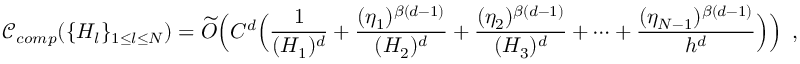
\mathcal { C } _ { c o m p } ( \{ H _ { l } \} _ { 1 \leq l \leq N } ) = \widetilde { O } \Big ( C ^ { d } \Big ( \frac { 1 } { ( H _ { 1 } ) ^ { d } } + \frac { ( \eta _ { 1 } ) ^ { \beta ( d - 1 ) } } { ( H _ { 2 } ) ^ { d } } + \frac { ( \eta _ { 2 } ) ^ { \beta ( d - 1 ) } } { ( H _ { 3 } ) ^ { d } } + \dots + \frac { ( \eta _ { N - 1 } ) ^ { \beta ( d - 1 ) } } { h ^ { d } } \Big ) \Big ) \enspace ,